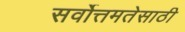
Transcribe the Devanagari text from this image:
सर्वोत्तमतेसाठी